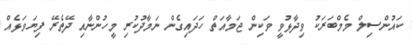
ކައުންސިލް މެމްބަރަކު ވިދާޅުވީ ވަކިން ޖަމާއަތް ހަދައިގެން ނަމާދުކުރި މީހުންނާއި ދޭތެރޭ ފިޔަވަޅެއް